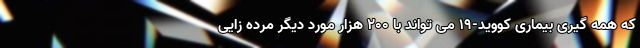
که همه گیری بیماری کووید-۱۹ می تواند با ۲۰۰ هزار مورد دیگر مرده زایی